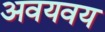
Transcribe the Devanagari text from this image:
अवयवय